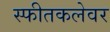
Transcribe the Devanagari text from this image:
स्फीतकलेवर